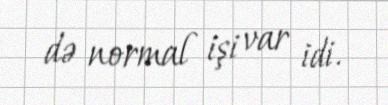
də normal işi var idi.